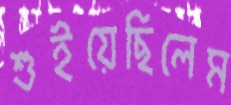
শুইয়েছিলেম